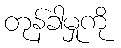
တုန်ခါမှုကို